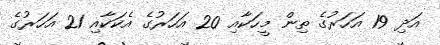
އަދި 19 އަހަރުގެ ތިން މީހަކާއި 20 އަހަރުގެ އެކަކާއި 21 އަހަރުގެ